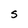
Character: s